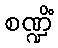
စဏ္ဍိံ